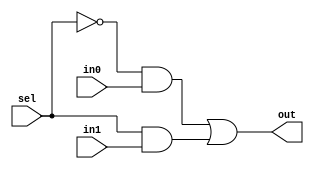
module MUX_2_1(out, sel, in1, in0);
	output out;
	input sel, in1, in0;

	// out = sel_bar.in0 + sel.in1
	not (sel_bar, sel);
	and (and_in0, sel_bar, in0);
	and (and_in1, sel, in1);
	or (out, and_in0, and_in1);
endmodule

module MUX_4_1(out, sel1, sel0, in3, in2, in1, in0);
	output out;
	input sel1, sel0, in3, in2, in1, in0;

	// out = sel1_bar.sel0_bar.in0 + sel1_bar.sel0.in1 + sel1.sel0_bar.in2 + sel1.sel0.in3
	not (sel0_bar, sel0);
	not (sel1_bar, sel1);
	and (and_in0, sel1_bar, sel0_bar, in0);
	and (and_in1, sel1_bar, sel0, in1);
	and (and_in2, sel1, sel0_bar, in2);
	and (and_in3, sel1, sel0, in3);
	or (out, and_in0, and_in1, and_in2, and_in3);
endmodule

/*

//To run the test uncomment this block

module test();
	wire out;
	reg sel, sel1, sel0, in3, in2, in1, in0;

	MUX_2_1 mux_21(out_21, sel, in1, in0);
	MUX_4_1 mux_41(out_41, sel1, sel0, in3, in2, in1, in0);

	initial begin

		$monitor("sel = %b | in1 = %b in0 = %b | output = %b", sel, in1, in0, out_21);

		sel = 0;
		in0 = 0;
		in1 = 0;

		#1 in1 = 1;
		#1 in0 = 1;
		#1 in1 = 0;

		#1 sel = 1;
		   in0 = 0;
		   in1 = 0;

		#1 in1 = 1;
		#1 in0 = 1;
		#1 in1 = 0;

		#1 $display("\n");

		$monitor("sel1 = %b sel0 = %b | in3 = %b in2 = %b in1 = %b in0 = %b | output = %b", sel1, sel0, in3, in2, in1, in0, out_41);

		sel0 = 0;
		sel1 = 0;
		in0 = 0;
		in1 = 0;
		in2 = 0;
		in3 = 0;

		#1 in0 = 1;
		   in3 = 1;

		#1 sel0 = 1;
		#1 in1 = 1;
		   in0 = 0;

		#1 sel1 = 1;
		#1 in3 = 0;
		   in1 = 0;

		#1 sel0 = 0;
		#1 in2 = 1;
		   in3 = 1;

		#1 $finish;
	end
	
endmodule

*/